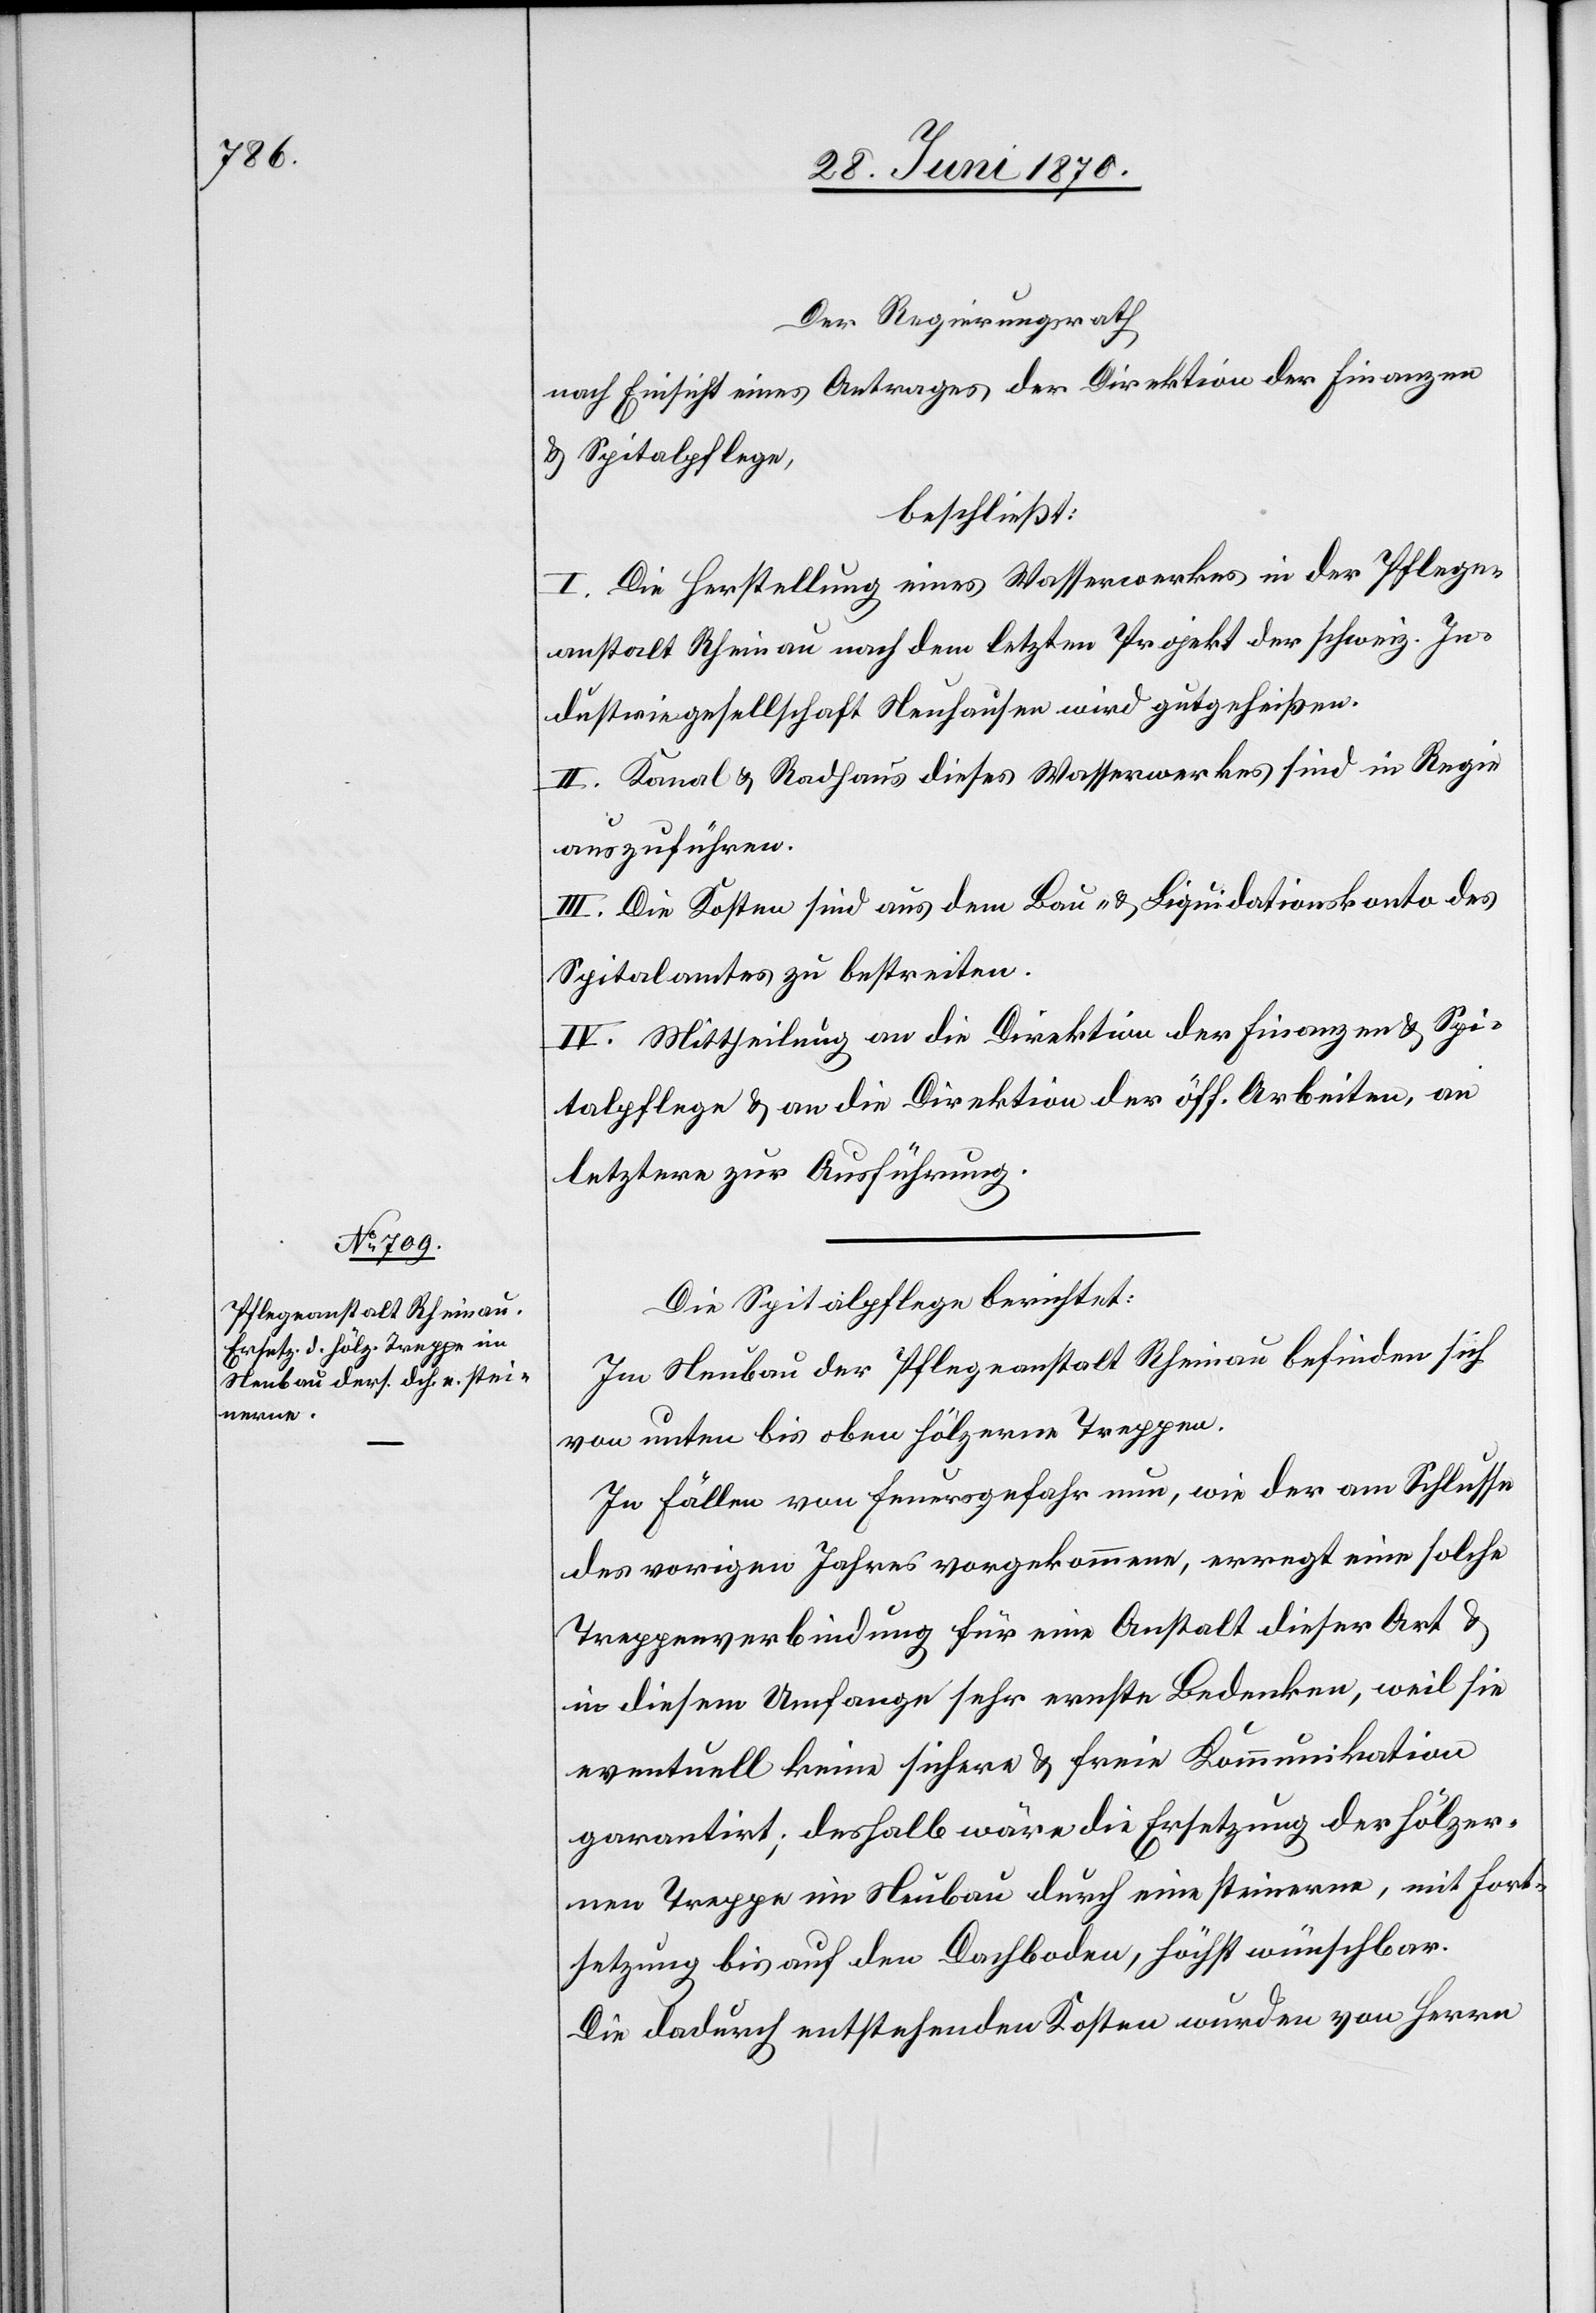
Der Regierungsrath
nach Einsicht eines Antrages der Direktion der Finanzen
& Spitalpflege,
beschließt:
I. Die Herstellung eines Wasserwerkes in der Pflege¬
anstalt Rheinau nach dem letzten Projekt der schweiz. In¬
dustriegesellschaft Neuhausen wird gutgeheißen.
II. Kanal & Radhaus dieses Wasserwerkes sind in Regie
auszuführen.
III. Die Kosten sind aus dem Bau- & Liquidationskonto des
Spitalamtes zu bestreiten.
IV. Mittheilung an die Direktion der Finanzen & Spi¬
talpflege & an die Direktion der öff. Arbeiten, an
letztere zur Ausführung.
Die Spitalpflege berichtet:
Im Neubau der Pflegeanstalt Rheinau befinden sich
von unten bis oben hölzerne Treppen.
In Fällen von Feuersgefahr nun, wie der am Schlusse
des vorigen Jahres vorgekommene, erregt eine solche
Treppenverbindung für eine Anstalt dieser Art &
in diesem Umfange sehr ernste Bedenken, weil sie
eventuell keine sichere & freie Kommunikation
garantirt; deshalb wäre die Ersetzung der hölzer¬
nen Treppe im Neubau durch eine steinerne, mit Fort¬
setzung bis auf den Dachboden, höchst wünschbar.
Die dadurch entstehenden Kosten wurden von Herrn